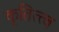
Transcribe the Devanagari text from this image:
कृतित्त्व